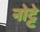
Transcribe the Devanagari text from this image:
नोट्टे